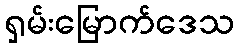
ရှမ်းမြောက်ဒေသ